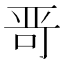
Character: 𱒭